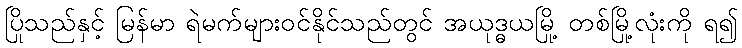
ပြိုသည်နှင့် မြန်မာ ရဲမက်များဝင်နိုင်သည်တွင် အယုဒ္ဓယမြို့ တစ်မြို့လုံးကို ရ၍